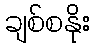
ချစ်စနိုး